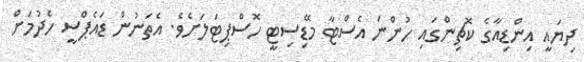
ދިޔައީ އިންޑިއާގެ ކޮޗިންގައި ހުންނަ އެސްޓާ މޭޑިސިޓީ ހޮސްޕިޓަލަށެވެ. އެތަނުން ޑައެޕްސީ ހެދުމަށް